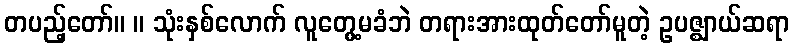
တပည့်တော်။ ။ သုံးနှစ်လောက် လူတွေ့မခံဘဲ တရားအားထုတ်တော်မူတဲ့ ဥပဇ္ဈာယ်ဆရာ